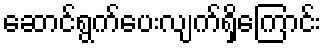
ဆောင်ရွက်ပေးလျက်ရှိကြောင်း